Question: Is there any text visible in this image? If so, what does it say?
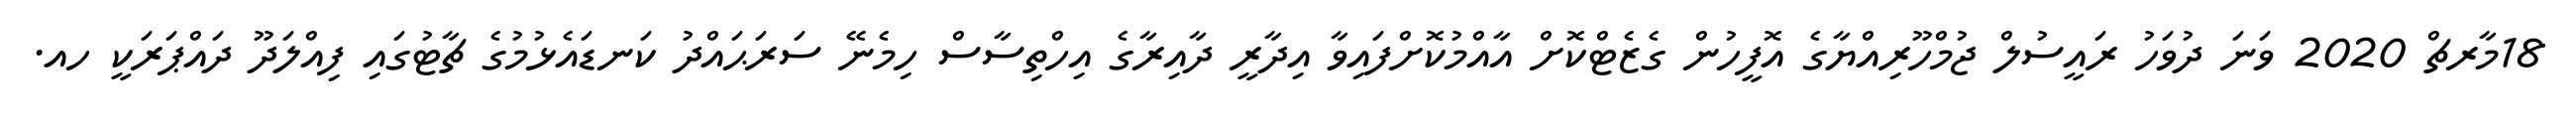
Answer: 18މާރޗް 2020 ވަނަ ދުވަހު ރައީސުލް ޖުމްހޫރިއްޔާގެ އޮފީހުން ގެޒެޓްކޮށް އާއްމުކޮށްފައިވާ އިދާރީ ދާއިރާގެ އިހްތިސާސް ހިމެނޭ ސަރަޙައްދު ކަނޑައެޅުމުގެ ޗާޓުގައި ފިއްލަދޫ ދައްޕަރަކީ ހއ.